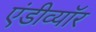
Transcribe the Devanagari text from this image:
एंडीव्यॉर